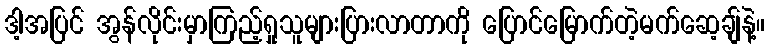
ဒါ့အပြင် အွန်လိုင်းမှာကြည့်ရှုသူများပြားလာတာကို ပြောင်မြောက်တဲ့မက်ဆေ့ချ်နဲ့။